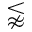
\lnapprox